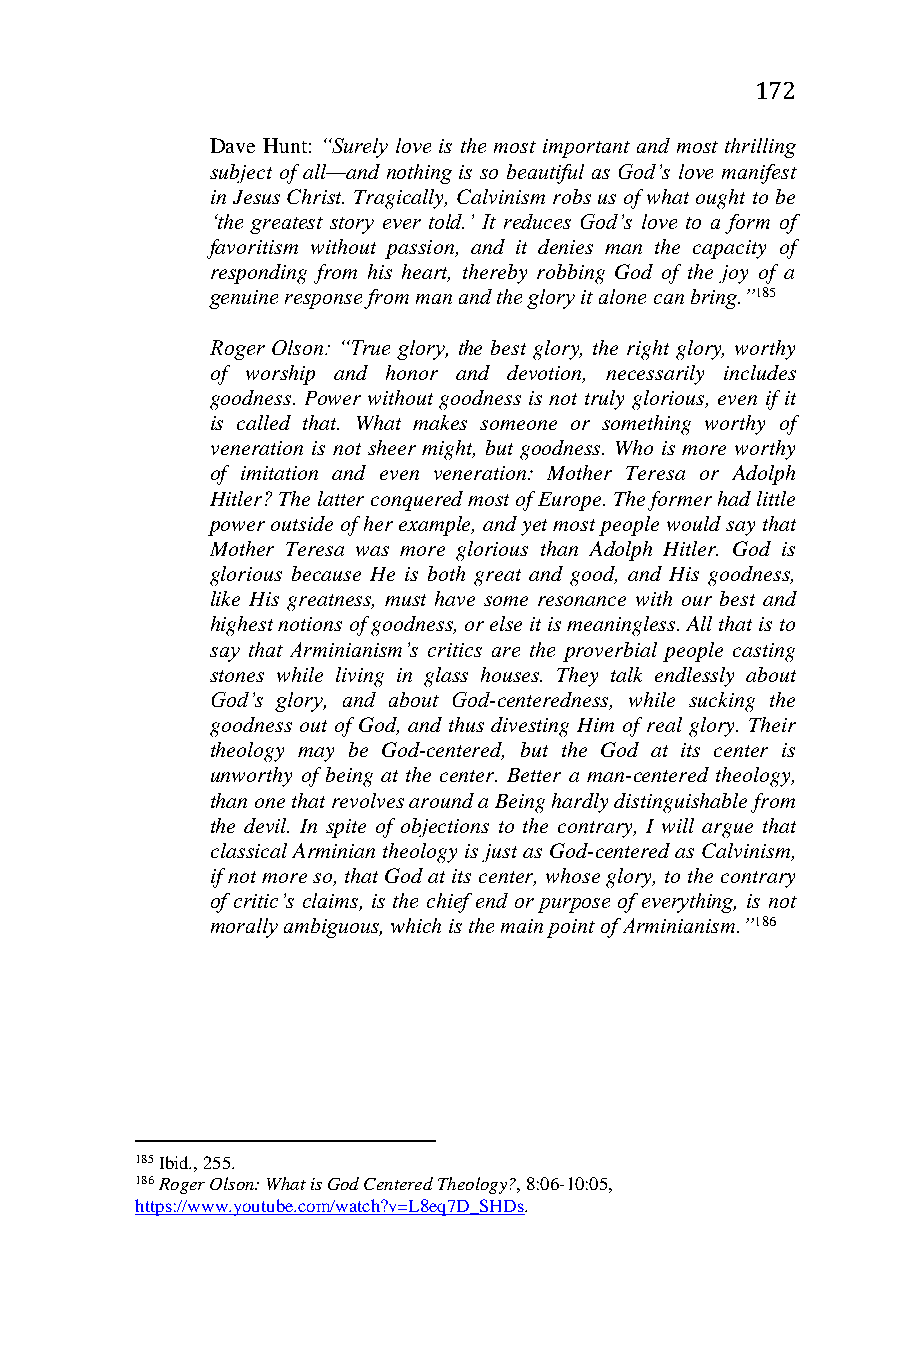
172
 Dave Hunt: “Surely love is the most important and most thrilling
 subject of all—and nothing is so beautiful as God’s love manifest
 in Jesus Christ. Tragically, Calvinism robs us of what ought to be
 ‘the greatest story ever told.’ It reduces God’s love to a form of
 favoritism without passion, and it denies man the capacity of
 responding from his heart, thereby robbing God of the joy of a
 genuine response from man and the glory it alone can bring.”185
 Roger Olson: “True glory, the best glory, the right glory, worthy
 of worship and honor and devotion, necessarily includes
 goodness. Power without goodness is not truly glorious, even if it
 is called that. What makes someone or something worthy of
 veneration is not sheer might, but goodness. Who is more worthy
 of imitation and even veneration: Mother Teresa or Adolph
 Hitler? The latter conquered most of Europe. The former had little
 power outside of her example, and yet most people would say that
 Mother Teresa was more glorious than Adolph Hitler. God is
 glorious because He is both great and good, and His goodness,
 like His greatness, must have some resonance with our best and
 highest notions of goodness, or else it is meaningless. All that is to
 say that Arminianism’s critics are the proverbial people casting
 stones while living in glass houses. They talk endlessly about
 God’s glory, and about God-centeredness, while sucking the
 goodness out of God, and thus divesting Him of real glory. Their
 theology may be God-centered, but the God at its center is
 unworthy of being at the center. Better a man-centered theology,
 than one that revolves around a Being hardly distinguishable from
 the devil. In spite of objections to the contrary, I will argue that
 classical Arminian theology is just as God-centered as Calvinism,
 if not more so, that God at its center, whose glory, to the contrary
 of critic’s claims, is the chief end or purpose of everything, is not
 morally ambiguous, which is the main point of Arminianism.”186
 185 Ibid., 255.
 186 Roger Olson: What is God Centered Theology?, 8:06-10:05,
 https://www.youtube.com/watch?v=L8eq7D_SHDs.